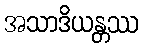
အသာဒိယန္တဿ